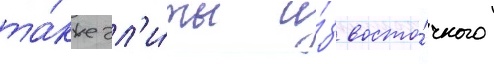
та́кже эл'и́ты и́з восто́чного